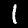
Digit: 1